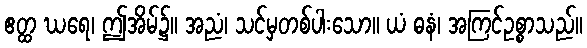
ဧတ္ထ ဃရေ၊ ဤအိမ်၌။ အညံ၊ သင်မှတစ်ပါးသော။ ယံ ဓနံ၊ အကြင်ဥစ္စာသည်။